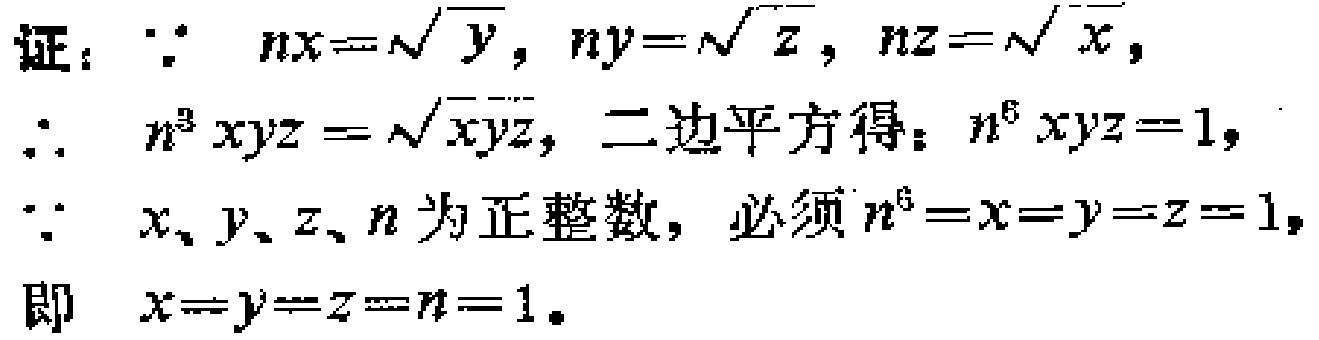
证：$\because nx = \sqrt{y}$，$ny = \sqrt{z}$，$nz = \sqrt{x}$，

$\therefore n^{3}xyz=\sqrt{xyz}$， 二边平方得：$n^{6}xyz = 1$，

$\because x、y、z、n$为正整数，必须$n^{6}=x = y = z = 1$，

即 $x = y = z = n = 1$。